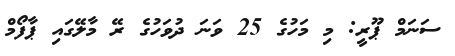
ސަނަމް ޕޫރީ: މި މަހުގެ 25 ވަނަ ދުވަހުގެ ރޭ މާލޭގައި ޕާފޯމް